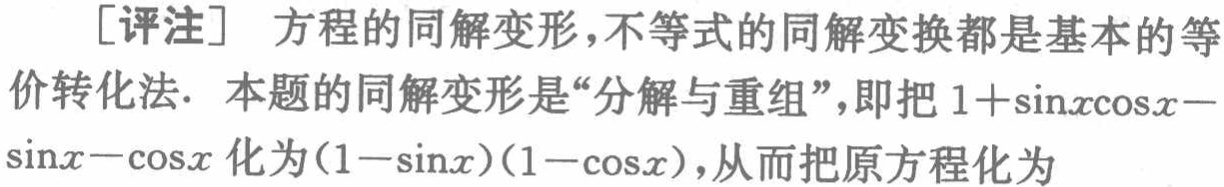
[评注] 方程的同解变形,不等式的同解变换都是基本的等价转化法. 本题的同解变形是“分解与重组”,即把 \(1 + \sin x\cos x - \sin x - \cos x\) 化为 \((1 - \sin x)(1 - \cos x)\),从而把原方程化为